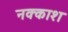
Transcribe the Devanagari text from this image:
नक्‍काश